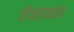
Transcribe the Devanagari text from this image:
तेव्हड्यात